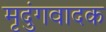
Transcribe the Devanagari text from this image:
मृदुंगवादक